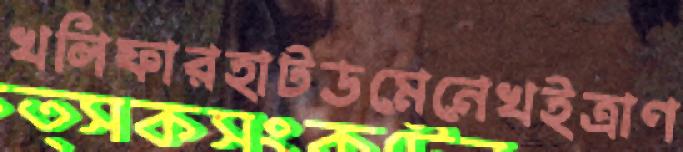
খলিফারহাটডমেনেখইত্রাণ